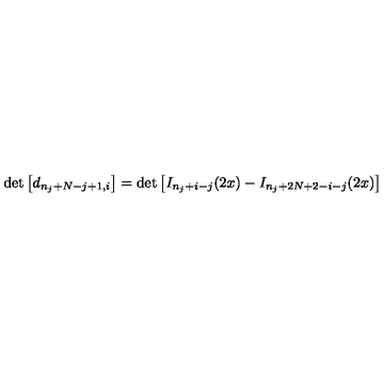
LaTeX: \det \left[ d _ { n _ { j } + N - j + 1 , i } \right] = \det \left[ I _ { n _ { j } + i - j } ( 2 x ) - I _ { n _ { j } + 2 N + 2 - i - j } ( 2 x ) \right]